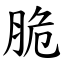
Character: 脆